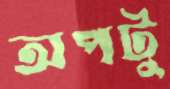
অপটু